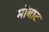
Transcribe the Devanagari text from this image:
मोबाट